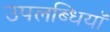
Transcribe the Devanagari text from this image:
उपलब्धियॉ